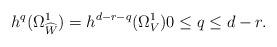
LaTeX: \begin{align*}h^q(\Omega^1_{\widehat{W}})=h^{d-r-q}(\Omega^1_V) 0\le q\le d-r.\end{align*}